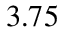
3 . 7 5